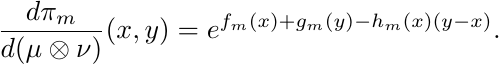
\begin{align*}
\frac{d\pi_m}{d(\mu\otimes\nu)}(x,y)=e^{f_m(x)+g_m(y)-h_m(x)(y-x)}.
\end{align*}